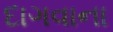
દાગવાના